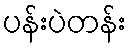
ပန်းပဲတန်း